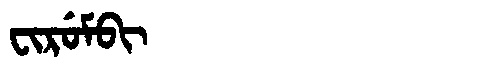
Manchu: ᠸᡳᡵᡠᠮᠪᡳ
Romanization: FIRUMBI